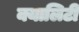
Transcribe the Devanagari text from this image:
क्यालिटी